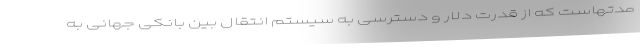
مدتهاست که از قدرت دلار و دسترسی به سیستم انتقال بین بانکی جهانی به